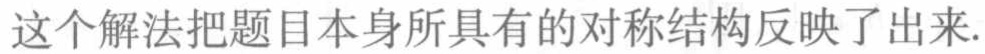
这个解法把题目本身所具有的对称结构反映了出来.